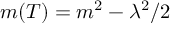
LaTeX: m ( T ) = m ^ { 2 } - \lambda ^ { 2 } / 2